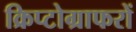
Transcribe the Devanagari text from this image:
क्रिप्टोग्राफरों